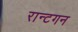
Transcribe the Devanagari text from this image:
रान्टगन